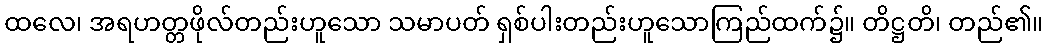
ထလေ၊ အရဟတ္တဖိုလ်တည်းဟူသော သမာပတ် ရှစ်ပါးတည်းဟူသောကြည်ထက်၌။ တိဋ္ဌတိ၊ တည်၏။